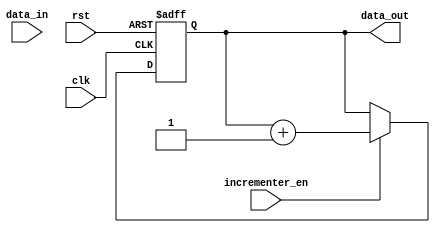
`timescale 1ns/1ns
module Incrementer(input clk, rst, incrementer_en, input [7:0] data_in,output reg [7:0] data_out);
  
    always @(posedge clk or posedge rst) begin
        if (rst)
            data_out <= 4'b0000; // Reset to 0
        else if (incrementer_en)
            data_out <= data_out + 1; // Increment by 1
    end

 endmodule